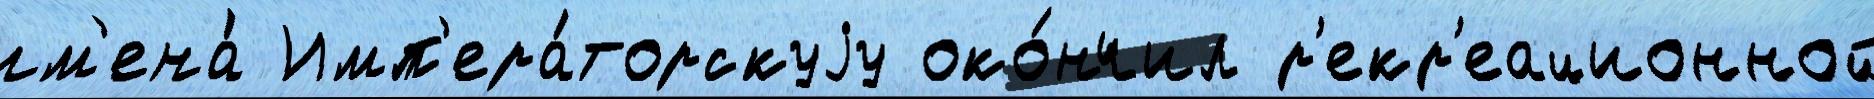
им'ена́ Имп'ера́торскуjу око́нчил р'екр'еационной